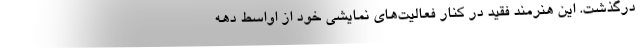
درگذشت. این هنرمند فقید در کنار فعالیت‌های نمایشی خود از اواسط دهه